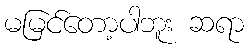
မမြင်တော့ပါဘူး ဆရာ